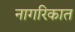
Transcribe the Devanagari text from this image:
नागरिकात